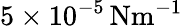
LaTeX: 5\times 10^{-5}\, \mathrm{{Nm^{-1}}}